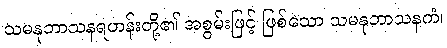
သမနုဘာသနရဟန်းတို့၏ အစွမ်းဖြင့် ဖြစ်သော သမနုဘာသနကံ၊